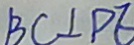
B C \bot P E